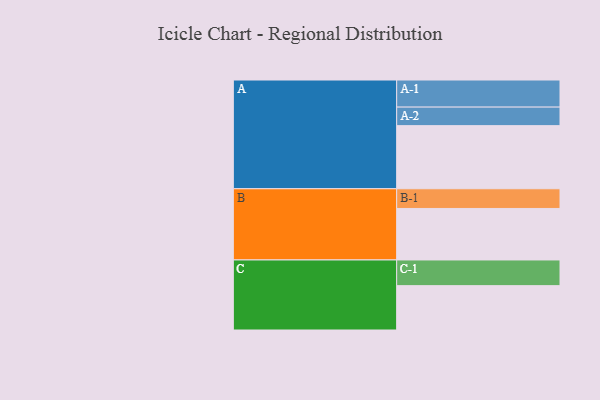
{"axis": {"x": "Segment", "y": "Value"}, "legend": ["", "A", "B", "C"], "data": [{"x": "A", "y": 538, "type": ""}, {"x": "B", "y": 439, "type": ""}, {"x": "C", "y": 378, "type": ""}, {"x": "A-1", "y": 231, "type": "A"}, {"x": "A-2", "y": 158, "type": "A"}, {"x": "B-1", "y": 168, "type": "B"}, {"x": "C-1", "y": 219, "type": "C"}]}